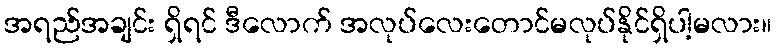
အရည်အချင်း ရှိရင် ဒီလောက် အလုပ်လေးတောင်မလုပ်နိုင်ရှိပါ့မလား။